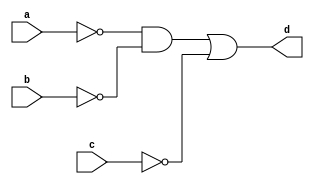
`timescale 1ns / 1ps
//////////////////////////////////////////////////////////////////////////////////
// Company: 
// Engineer: 
// 
// Design Name: 
// Module Name: Boolean_Func_two_a
// Project Name: 
// Target Devices: 
// Tool Versions: 
// Description: 
// 
// Dependencies: 
// 
// Revision:
// Revision 0.01 - File Created
// Additional Comments:
// 
//////////////////////////////////////////////////////////////////////////////////


module Boolean_Func_two_a(
    input a, b, c,
    output d
    );
    assign d = ((~a)&(~b)|(~c));
endmodule